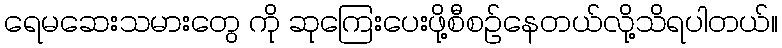
ရေမဆေးသမားတွေ ကို ဆုကြေးပေးဖို့စီစဉ်နေတယ်လို့သိရပါတယ်။